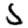
Digit: 5